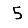
Digit: 5